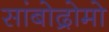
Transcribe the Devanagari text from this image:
सांबोद्रोमो